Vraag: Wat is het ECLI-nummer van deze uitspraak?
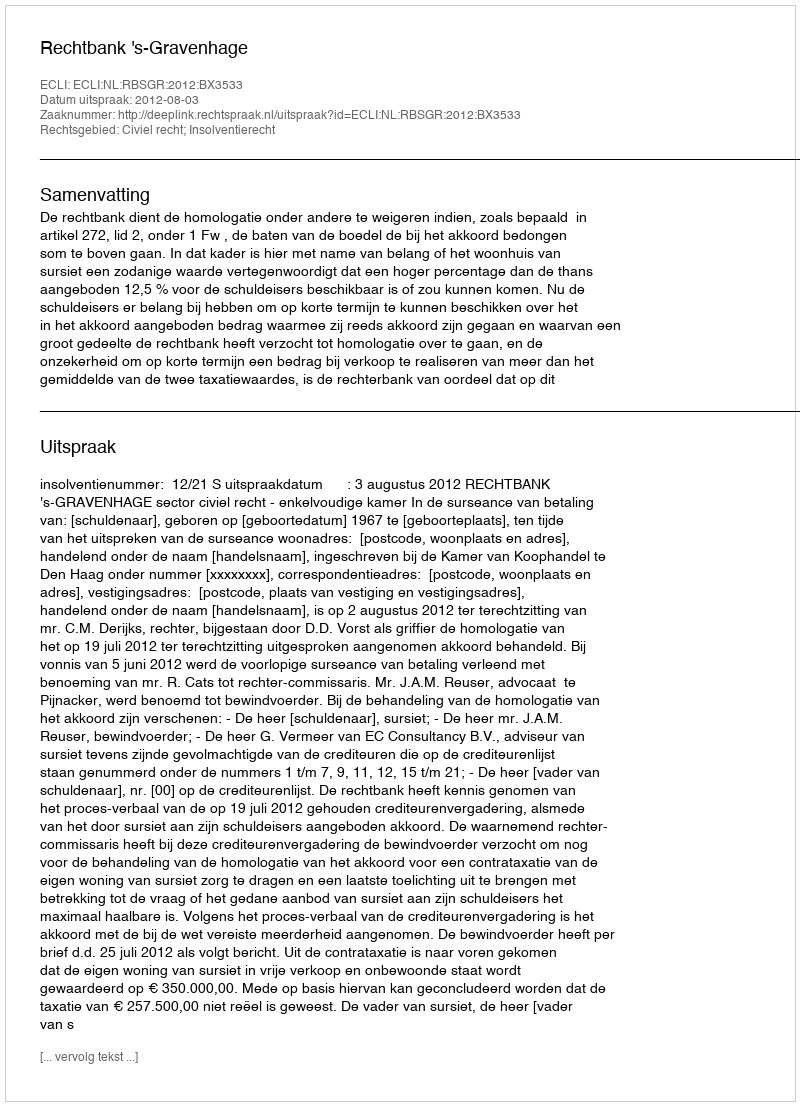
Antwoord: ECLI:NL:RBSGR:2012:BX3533